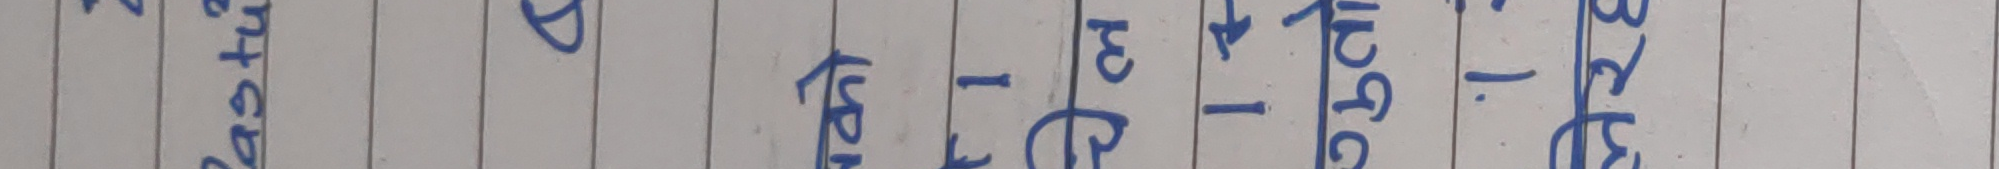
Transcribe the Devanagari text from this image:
-१ ३ ००i- ३५०/- मात्र